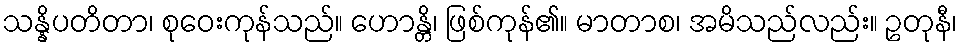
သန္နိပတိတာ၊ စုဝေးကုန်သည်။ ဟောန္တိ၊ ဖြစ်ကုန်၏။ မာတာစ၊ အမိသည်လည်း။ ဥတုနီ၊